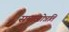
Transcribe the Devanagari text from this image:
समाजोन्नति